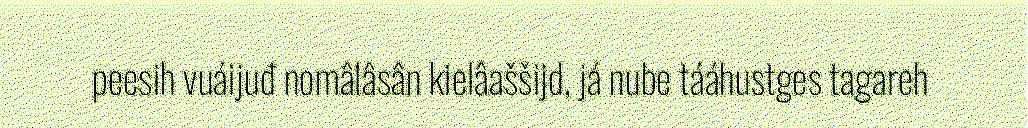
peesih vuáijuđ nomâlâsân kielâaššijd, já nube tááhustges tagareh